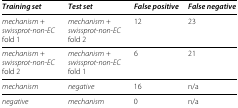
<table><thead><tr><td><b><i>Training set</i></b></td><td><b><i>Test set</i></b></td><td><b><i>False positive</i></b></td><td><b><i>False negative</i></b></td></tr></thead><tbody><tr><td><i>mechanism</i> +<i>swissprot-non-EC</i> fold 1</td><td><i>mechanism</i> +<i>swissprot-non-EC</i> fold 2</td><td>12</td><td>23</td></tr><tr><td><i>mechanism</i> +<i>swissprot-non-EC</i> fold 2</td><td><i>mechanism</i> +<i>swissprot-non-EC</i> fold 1</td><td>6</td><td>21</td></tr><tr><td><i>mechanism</i></td><td><i>negative</i></td><td>16</td><td>n/a</td></tr><tr><td><i>negative</i></td><td><i>mechanism</i></td><td>0</td><td>n/a</td></tr></tbody></table>